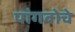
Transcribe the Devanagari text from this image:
पांगबोचे